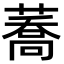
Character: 蕎